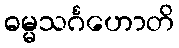
ဓမ္မသင်္ဂဟောတိ